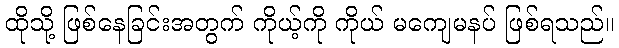
ထိုသို့ ဖြစ်နေခြင်းအတွက် ကိုယ့်ကို ကိုယ် မကျေမနပ် ဖြစ်ရသည်။